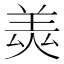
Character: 𦎅